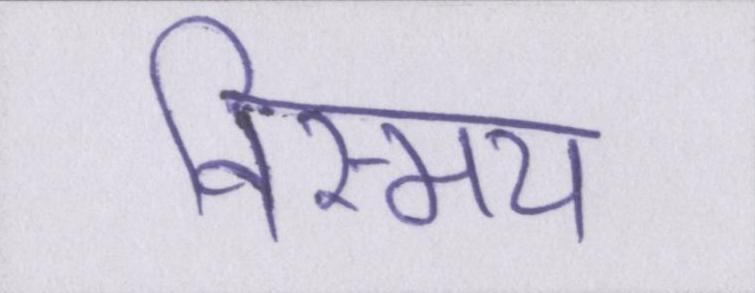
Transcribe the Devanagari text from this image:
विस्मय